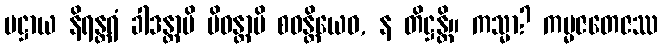
ပဋ္ဌာယ နိရန္တရံ ခါဒန္တာပိ ပိဝန္တာပိ စဝန္တိယေဝ, န တိဋ္ဌန္တိ။ ကသ္မာ? ကမ္မဇတေဇဿ